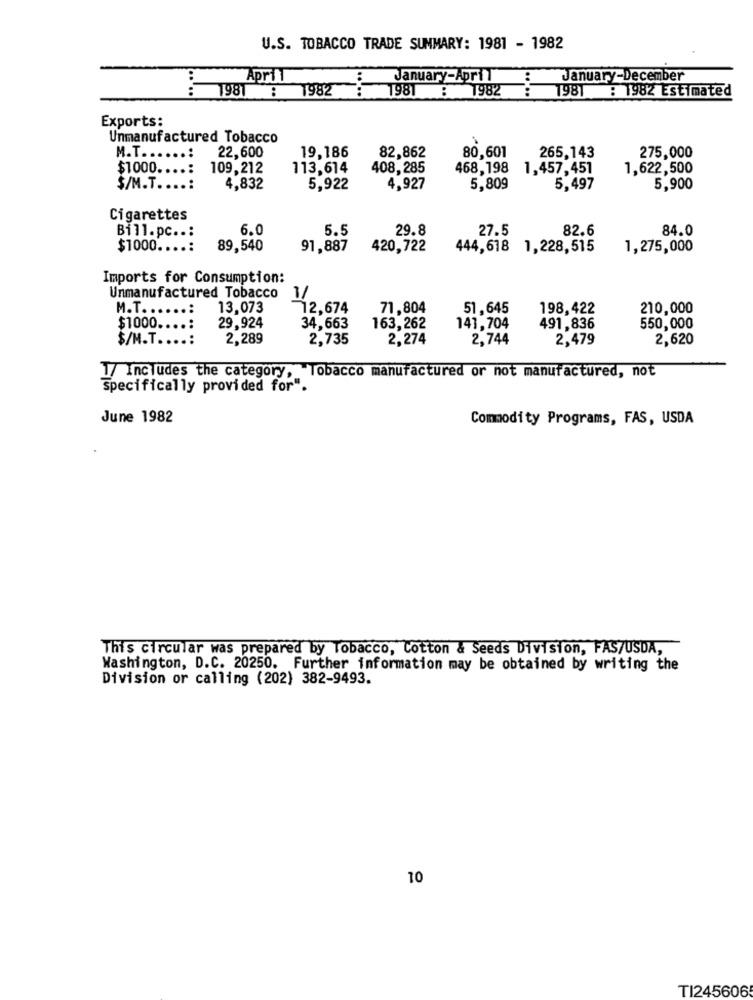
U.S. TOBACCO TRADE SUMMARY: 1981 - 1982
April
January-Apri 1
January-December
...
1981 : 1982
.....
1981
B1982 :
..
.....
1981 : 1982 Estimated
Exports:
Unmanufactured Tobacco
M.T ......:
22,600
19,186
82,862
80,601
265,143
275,000
$1000 ....:
109,212
113,614
408,285
468,198
1,457,451
1,622,500
$/M.T. ...:
4,832
5,922
4,927
5,809
5,497
5,900
Cigarettes
Bill.pc ..:
6.0
5.5
27.5
82.6
84.0
29.8
$1000 ....:
89,540
91,887
420,722
444,618 1,228,515
1,275,000
Imports for Consumption:
Unmanufactured Tobacco
1/
M.T. ..
..:
13,073
12,674
71,804
51, 645
198,422
210,000
$1000.
...:
29,924
34,663
163,262
141,704
491,836
550,000
$/M.T ....:
2,289
2,735
2,274
2,744
2,479
2,620
1/ Includes the category, Tobacco manufactured or not manufactured, not
specifically provided for".
June 1982
Commodity Programs, FAS, USDA
This circular was prepared by Tobacco, Cotton & Seeds Division, FASTUSDA,
Washington, D.C. 20250. Further information may be obtained by writing the
Division or calling (202) 382-9493.
10
TI2456065